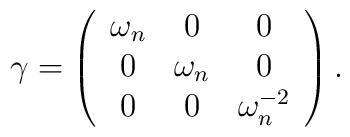
\gamma=\left(  \begin{array}{ccc} \omega_n & 0 & 0 \\0 & \omega_n & 0 \\ 0 & 0 & \omega_n^{-2}  \end{array} \right).